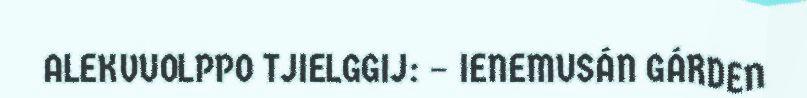
ALEKVUOLPPO TJIELGGIJ: – IENEMUSÁN GÁRDEN